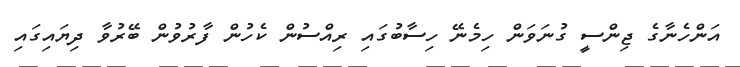
އަންހެނާގެ ޖިންސީ ގުނަވަން ހިމެނޭ ހިސާބުގައި ރިއްސުން ކެހުން ފާރުވުން ބޭރުވާ ދިޔައިގައި